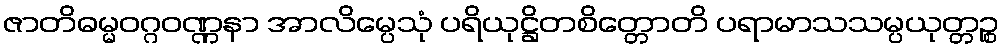
ဇာတိဓမ္မဝဂ္ဂဝဏ္ဏနာ အာလိမ္ပေသုံ ပရိယုဋ္ဌိတစိတ္တောတိ ပရာမာသသမ္ပယုတ္တဉ္စ